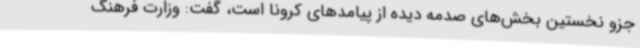
جزو نخستین بخش‌های صدمه دیده از پیامدهای کرونا است، گفت: وزارت فرهنگ